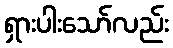
ရှားပါးသော်လည်း